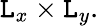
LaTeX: \mathtt{L}_{x}\times\mathtt{L}_{y}.